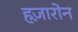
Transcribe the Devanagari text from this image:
हज़ारोन